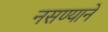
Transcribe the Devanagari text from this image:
नसण्याने